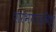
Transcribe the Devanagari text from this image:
शरभयाद्विधुं